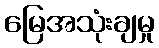
မြေအသုံးချမှု